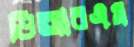
ডিআরএম